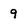
Character: 9